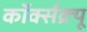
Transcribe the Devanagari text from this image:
कॉर्क्सक्र्यू